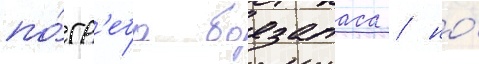
по́гр'еба боезапаса / но́